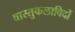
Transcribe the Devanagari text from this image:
वास्तुकलाविदों